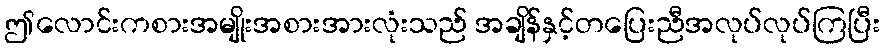
ဤလောင်းကစားအမျိုးအစားအားလုံးသည် အချိန်နှင့်တပြေးညီအလုပ်လုပ်ကြပြီး